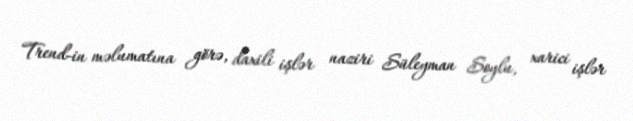
Trend-in məlumatına görə, daxili işlər naziri Süleyman Soylu, xarici işlər